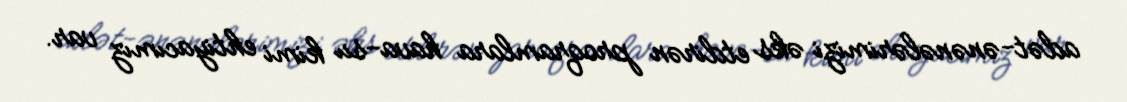
adət-ənənələrimizi əks etdirən proqramlara hava-su kimi ehtiyacımız var.